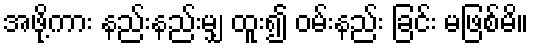
အဖို့ကား နည်းနည်းမျှ ထူး၍ ဝမ်းနည်း ခြင်း မဖြစ်မိ။